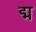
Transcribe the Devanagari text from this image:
द्म